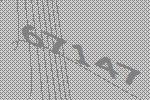
67147